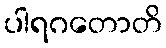
ပါရဂတောတိ